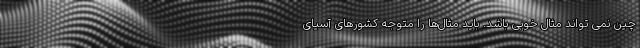
چین نمی تواند مثال خوبی باشد. باید مثال‌ها را متوجه کشورهای آسیای